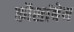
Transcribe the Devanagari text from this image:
कौशांबेय